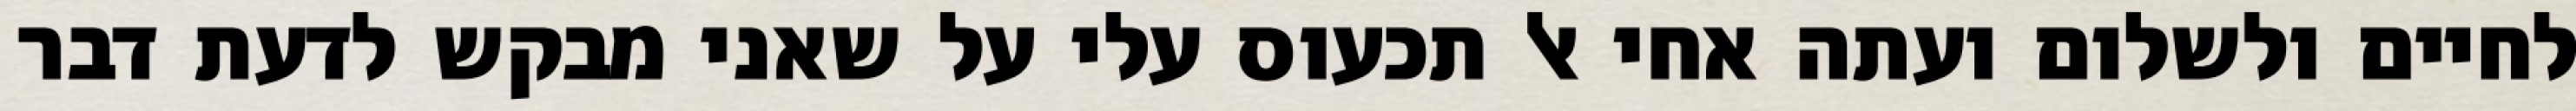
לחיים ולשלום ועתה אחי אל תכעוס עלי על שאני מבקש לדעת דבר